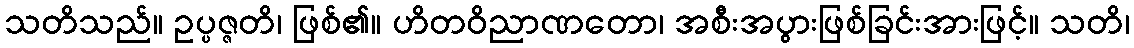
သတိသည်။ ဥပ္ပဇ္ဇတိ၊ ဖြစ်၏။ ဟိတဝိညာဏတော၊ အစီးအပွားဖြစ်ခြင်းအားဖြင့်။ သတိ၊